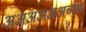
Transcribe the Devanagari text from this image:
अअअअअअच्छा